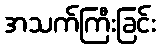
အသက်ကြီးခြင်း